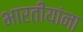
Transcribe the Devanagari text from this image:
भारतीयांंना